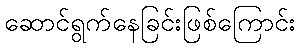
ဆောင်ရွက်နေခြင်းဖြစ်ကြောင်း